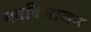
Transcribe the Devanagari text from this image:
मतविभाजन